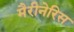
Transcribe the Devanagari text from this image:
मैरीनेरिस